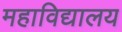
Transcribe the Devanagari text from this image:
महाविद्यालय